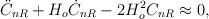
LaTeX: \begin{align*}\ddot{C}_{nR}+H_o\dot{C}_{nR}-2H_o^2C_{nR}\approx 0,\end{align*}